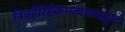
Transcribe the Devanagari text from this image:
निवहैरिहैकमत्याद्यददुष्टं